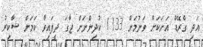
އަދި ގްރޭޑް އަށަކަށް ވަނުމަށް 1133 ކުދިންނަށް ޖާގަ ދީފައިވާ ކަމަށް ޝާކިރު